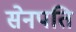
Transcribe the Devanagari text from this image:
सेनपति